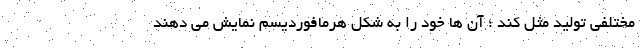
مختلفی تولید مثل کند ؛ آن ها خود را به شکل هرمافوردیسم نمایش می دهند